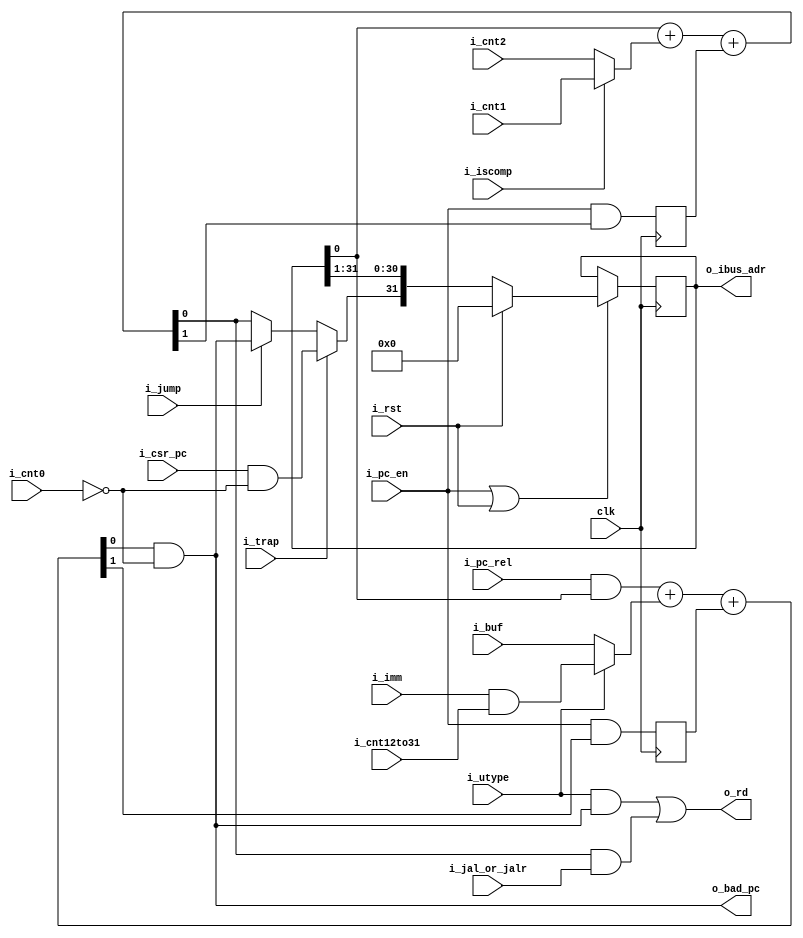
`default_nettype none
module serv_ctrl
  #(parameter RESET_STRATEGY = "MINI",
    parameter RESET_PC = 32'd0,
    parameter WITH_CSR = 1)
  (
   input wire 	     clk,
   input wire 	     i_rst,
   //State
   input wire 	     i_pc_en,
   input wire 	     i_cnt12to31,
   input wire 	     i_cnt0,
   input wire        i_cnt1,
   input wire 	     i_cnt2,
   //Control
   input wire 	     i_jump,
   input wire 	     i_jal_or_jalr,
   input wire 	     i_utype,
   input wire 	     i_pc_rel,
   input wire 	     i_trap,
   input wire        i_iscomp,
   //Data
   input wire 	     i_imm,
   input wire 	     i_buf,
   input wire 	     i_csr_pc,
   output wire 	     o_rd,
   output wire 	     o_bad_pc,
   //External
   output reg [31:0] o_ibus_adr);

   wire       pc_plus_4;
   wire       pc_plus_4_cy;
   reg 	      pc_plus_4_cy_r;
   wire       pc_plus_offset;
   wire       pc_plus_offset_cy;
   reg 	      pc_plus_offset_cy_r;
   wire       pc_plus_offset_aligned;
   wire       plus_4;

   wire       pc = o_ibus_adr[0];

   wire       new_pc;

   wire       offset_a;
   wire       offset_b;

  /*  If i_iscomp=1: increment pc by 2 else increment pc by 4  */

   assign plus_4        = i_iscomp ? i_cnt1 : i_cnt2;

   assign o_bad_pc = pc_plus_offset_aligned;

   assign {pc_plus_4_cy,pc_plus_4} = pc+plus_4+pc_plus_4_cy_r;

   generate
      if (|WITH_CSR)
	assign new_pc = i_trap ? (i_csr_pc & !i_cnt0) : i_jump ? pc_plus_offset_aligned : pc_plus_4;
      else
	assign new_pc = i_jump ? pc_plus_offset_aligned : pc_plus_4;
   endgenerate
   assign o_rd  = (i_utype & pc_plus_offset_aligned) | (pc_plus_4 & i_jal_or_jalr);

   assign offset_a = i_pc_rel & pc;
   assign offset_b = i_utype ? (i_imm & i_cnt12to31): i_buf;
   assign {pc_plus_offset_cy,pc_plus_offset} = offset_a+offset_b+pc_plus_offset_cy_r;

   assign pc_plus_offset_aligned = pc_plus_offset & !i_cnt0;

   initial if (RESET_STRATEGY == "NONE") o_ibus_adr = RESET_PC;

   always @(posedge clk) begin
      pc_plus_4_cy_r <= i_pc_en & pc_plus_4_cy;
      pc_plus_offset_cy_r <= i_pc_en & pc_plus_offset_cy;

      if (RESET_STRATEGY == "NONE") begin
	 if (i_pc_en)
	   o_ibus_adr <= {new_pc, o_ibus_adr[31:1]};
      end else begin
	 if (i_pc_en | i_rst)
	   o_ibus_adr <= i_rst ? RESET_PC : {new_pc, o_ibus_adr[31:1]};
      end
   end
endmodule